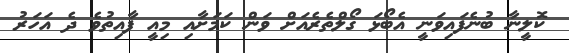
ކޮލީނާ ބުނެފައިވަނީ އެބޯޅަ ގޯލްތެރެއަށް ވަން ކަމަށާއި މިއީ ފާއިތުވެ ދެ އަހަރު